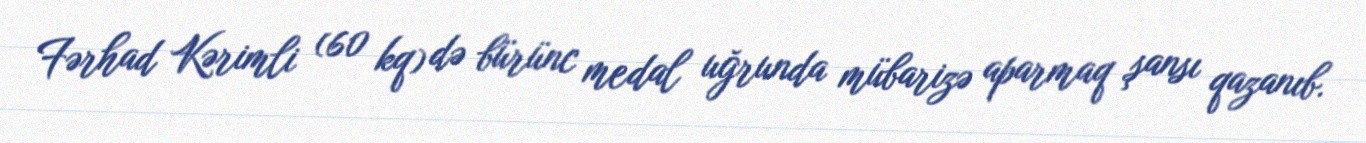
Fərhad Kərimli (60 kq) də bürünc medal uğrunda mübarizə aparmaq şansı qazanıb.